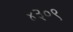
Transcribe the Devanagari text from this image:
४३०९